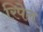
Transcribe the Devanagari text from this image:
रिपेल